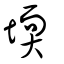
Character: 堧